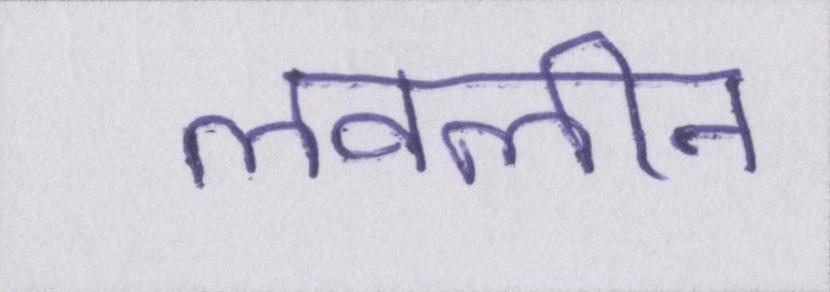
लवलीन